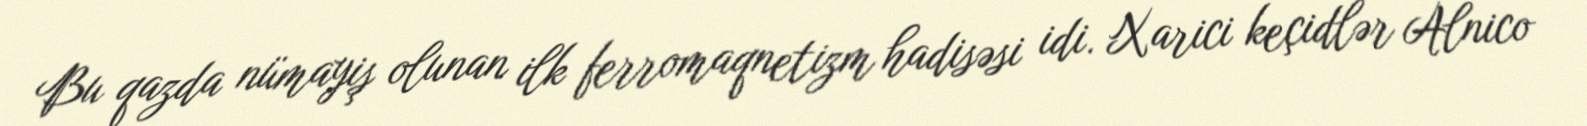
Bu qazda nümayiş olunan ilk ferromaqnetizm hadisəsi idi. Xarici keçidlər Alnico